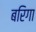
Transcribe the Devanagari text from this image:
बरिगा